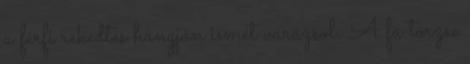
a férfi rekedtes hangján ismét varázsol. A fa törzse